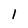
Character: l